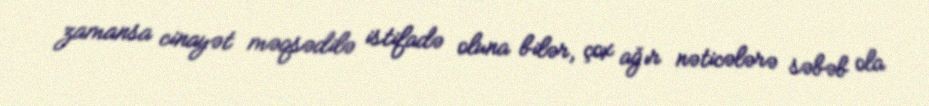
zamansa cinayət məqsədilə istifadə oluna bilər, çox ağır nəticələrə səbəb ola